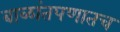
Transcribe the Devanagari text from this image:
बाळांतपणातच